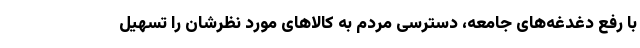
با رفع دغدغه‌های جامعه، دسترسی مردم به کالاهای مورد نظرشان را تسهیل